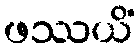
ဖဿယိံ